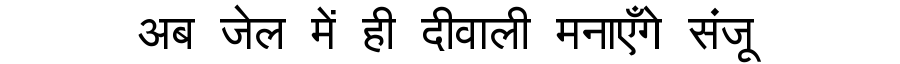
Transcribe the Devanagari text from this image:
अब जेल में ही दीवाली मनाएँगे संजू